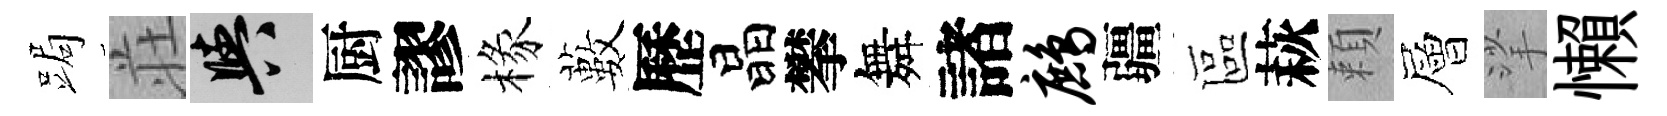
跼荘阳厨謬椽藪歷晶攀舞諸鹧疆區萩頼層挲懶